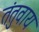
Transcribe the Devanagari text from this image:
तंतुवाय